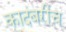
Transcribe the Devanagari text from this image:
कादंबरीच